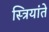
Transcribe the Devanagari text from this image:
स्त्रियांते